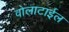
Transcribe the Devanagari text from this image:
वोलाटाईल